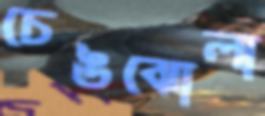
চেঙঝোলা